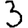
Digit: 3